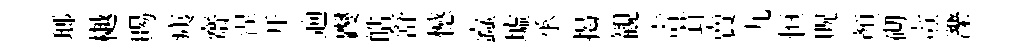
瑯樾賜痍齋涅开逈躞皓舒憾蠧墟承揭観壽茸賣九恒貺顔砌燾濼